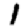
Digit: 1